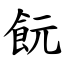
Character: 䬧